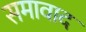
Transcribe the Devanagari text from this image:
समावाद